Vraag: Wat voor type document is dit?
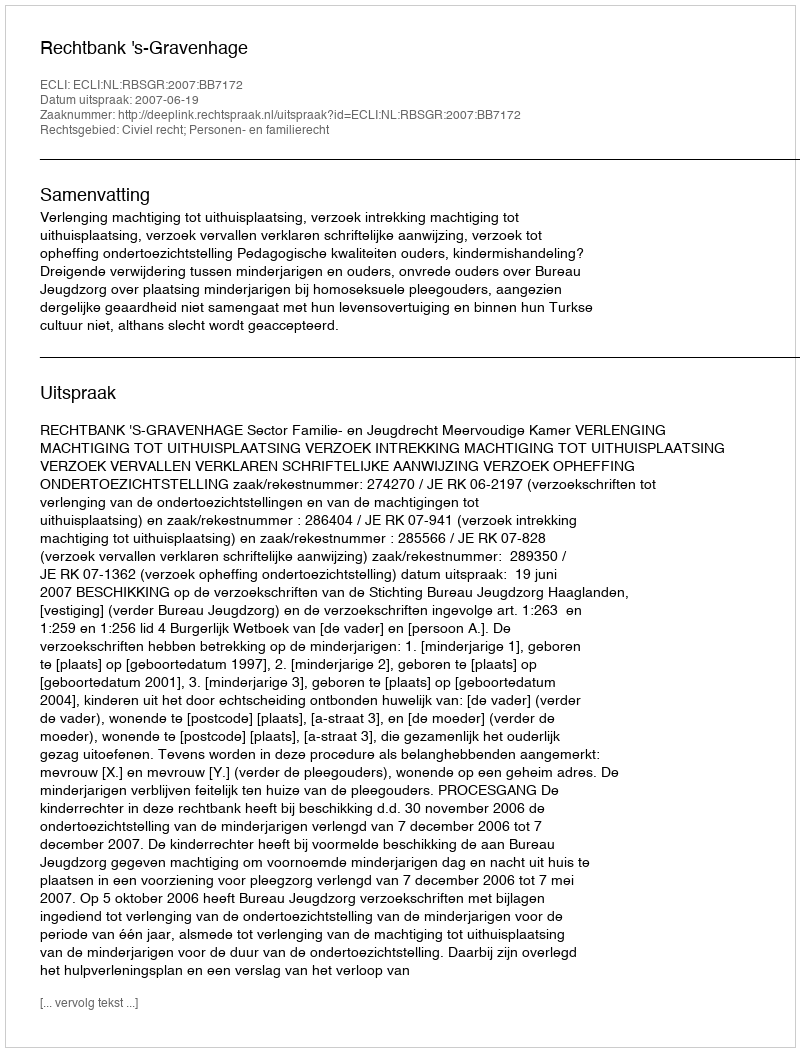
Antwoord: Uitspraak